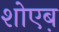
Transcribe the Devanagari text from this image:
शोएब़